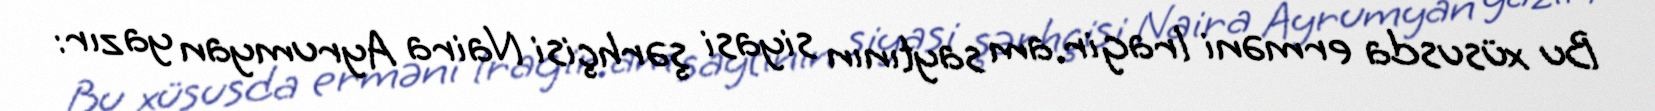
Bu xüsusda erməni lragir.am saytının siyasi şərhçisi Naira Ayrumyan yazır: